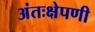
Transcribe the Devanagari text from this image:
अंतःक्षेपणी